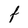
Character: f